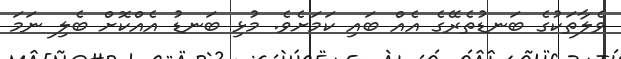
ވެލާތަކުގެ ބަނޑުތެރޭގެ އެއް ބައި ކަމަށެވެ. މުޅި ބަނޑު އެއްކޮށް ބެލި ނަމަ